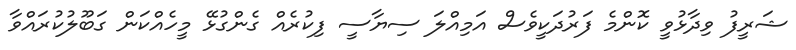
ޝަރީފު ވިދާޅުވީ ކޮންމެ ފަރުދަކީވެސް އަމިއްލަ ސިޔާސީ ފިކުރެއް ގެންގުޅޭ މީހެއްކަން ގަބޫލުކުރައްވާ